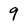
Character: 9